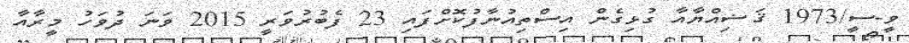
ވީ-ސީ/1973 ޤަޟިއްޔާއާ ގުޅިގެން އިސްތިއުނާފުކޮށްފައި 23 ފެބުރުވަރީ 2015 ވަނަ ދުވަހު މީރާއާ